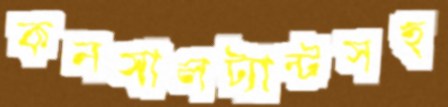
কনসালট্যান্টসহ